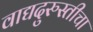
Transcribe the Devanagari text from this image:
वाद्यदुरुस्तीचा